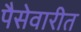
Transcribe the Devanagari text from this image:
पैसेवारीत